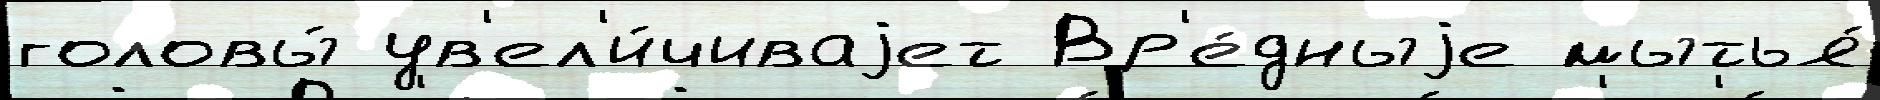
головы́ ув'ел'и́чиваjет Вр'е́дныjе мытья́